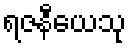
ရဇနီယေသု